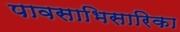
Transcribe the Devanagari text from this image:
पावसाभिसारिका